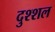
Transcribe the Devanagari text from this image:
दुश्शल